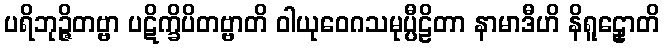
ပရိဘုဉ္ဇိတဗ္ဗာ ပဋိက္ခိပိတဗ္ဗာတိ ဝါယုဝေဂသမုပ္ပီဠိတာ နာမာဒီဟိ နိရူဠှောတိ